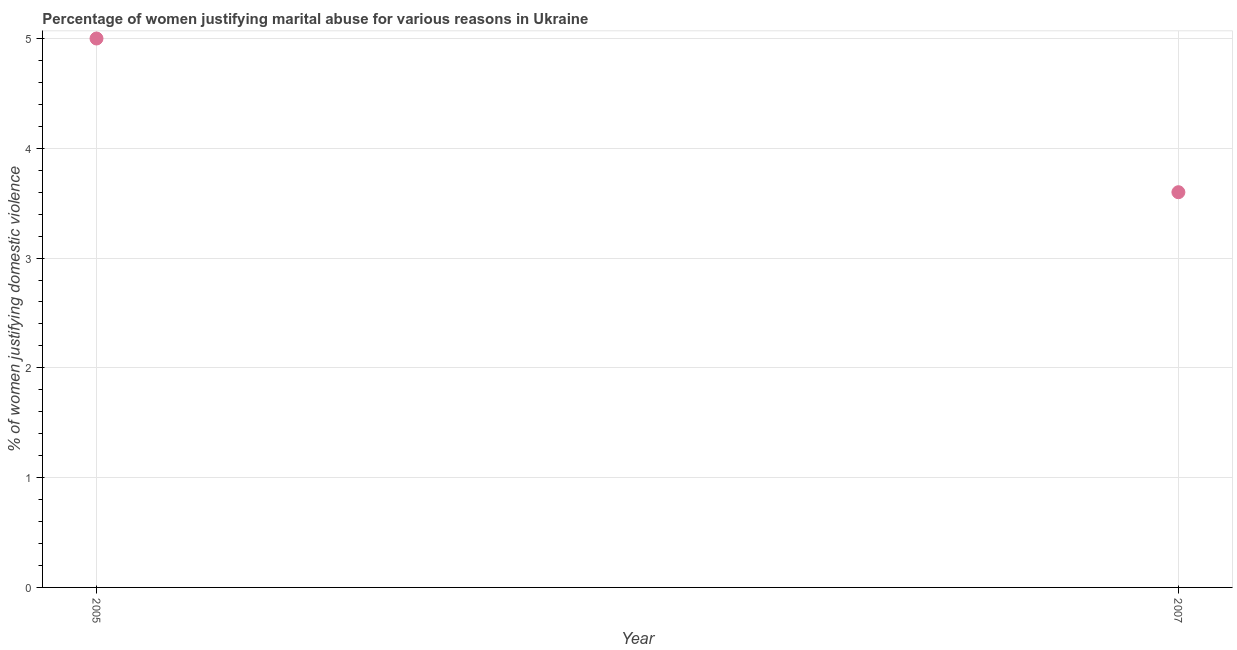
| Year | Physical abuse |
 | --- | --- |
 | 2005 | 5 |
 | 2007 | 3.6 |